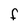
Character: F